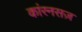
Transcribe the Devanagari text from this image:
कांरनसज़